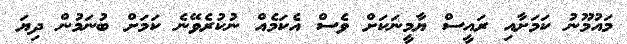
މައުމޫނު ކަމަށާއި ރައީސް ޔާމީނަކަށް ވެސް އެކަމެއް ނުކުރެވޭނެ ކަމަށް ބުނަމުން ދިޔަ